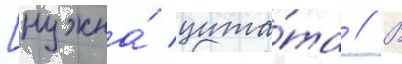
[нужна́ цита́та // В